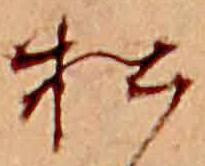
松